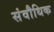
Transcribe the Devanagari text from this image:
संवौधिक